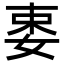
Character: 𡝁